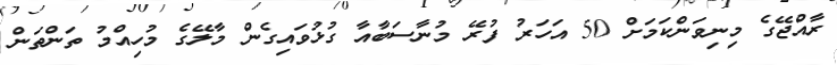
ރާއްޖޭގެ މިނިވަންކަމަށް 50 އަހަރު ފުރޭ މުނާސަބާއާ ގުޅުވައިގެން މާލޭގެ މުހިއްމު ތަންތަން